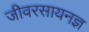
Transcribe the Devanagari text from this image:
जीवरसायनज्ञ